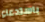
باستدعاء